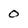
Character: 0